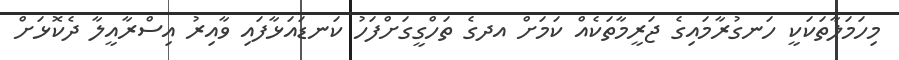
މިހަމަލާތަކަކީ ހަނގުރާމައިގެ ޖަރީމާތަކެއް ކަމަށް އދގެ ތަހްގީގަށްފަހު ކަނޑައަޅާފައި ވާއިރު އިސްރާއީލާ ދެކޮޅަށް